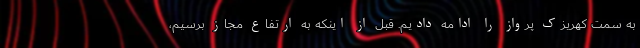
به سمت کهریزک پرواز را ادامه دادیم. قبل از اینکه به ارتفاع مجاز برسیم،